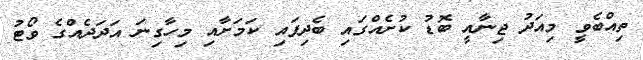
ތިއްބެވީ މިއަދު ޖިނާއީ ބޮޑު ކުށެއްގައި ބެދިފައި ކަމަށާއި މިހާގިނަ އަދަދެއްގެ ވޯޓު